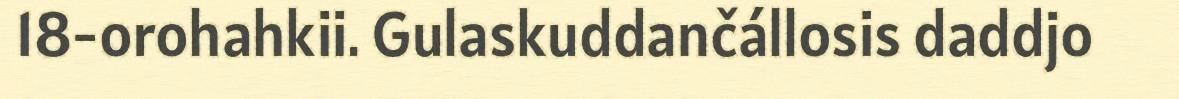
18-orohahkii. Gulaskuddančállosis daddjo